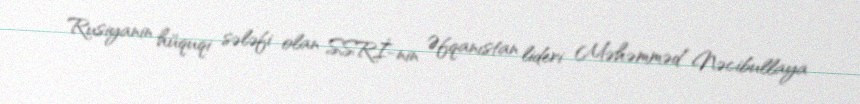
Rusiyanin hüquqi sələfi olan SSRİ-nin Əfqanıstan lideri Məhəmməd Nəcibullaya